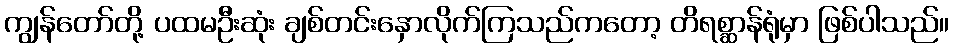
ကျွန်တော်တို့ ပထမဦးဆုံး ချစ်တင်းနှောလိုက်ကြသည်ကတော့ တိရစ္ဆာန်ရုံမှာ ဖြစ်ပါသည်။